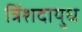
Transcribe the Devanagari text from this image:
त्रिंशदायुध